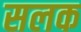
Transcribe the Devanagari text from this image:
सलक